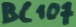
Text: BC107